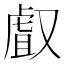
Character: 𠭯